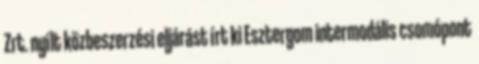
Zrt. nyílt közbeszerzési eljárást írt ki Esztergom intermodális csomópont